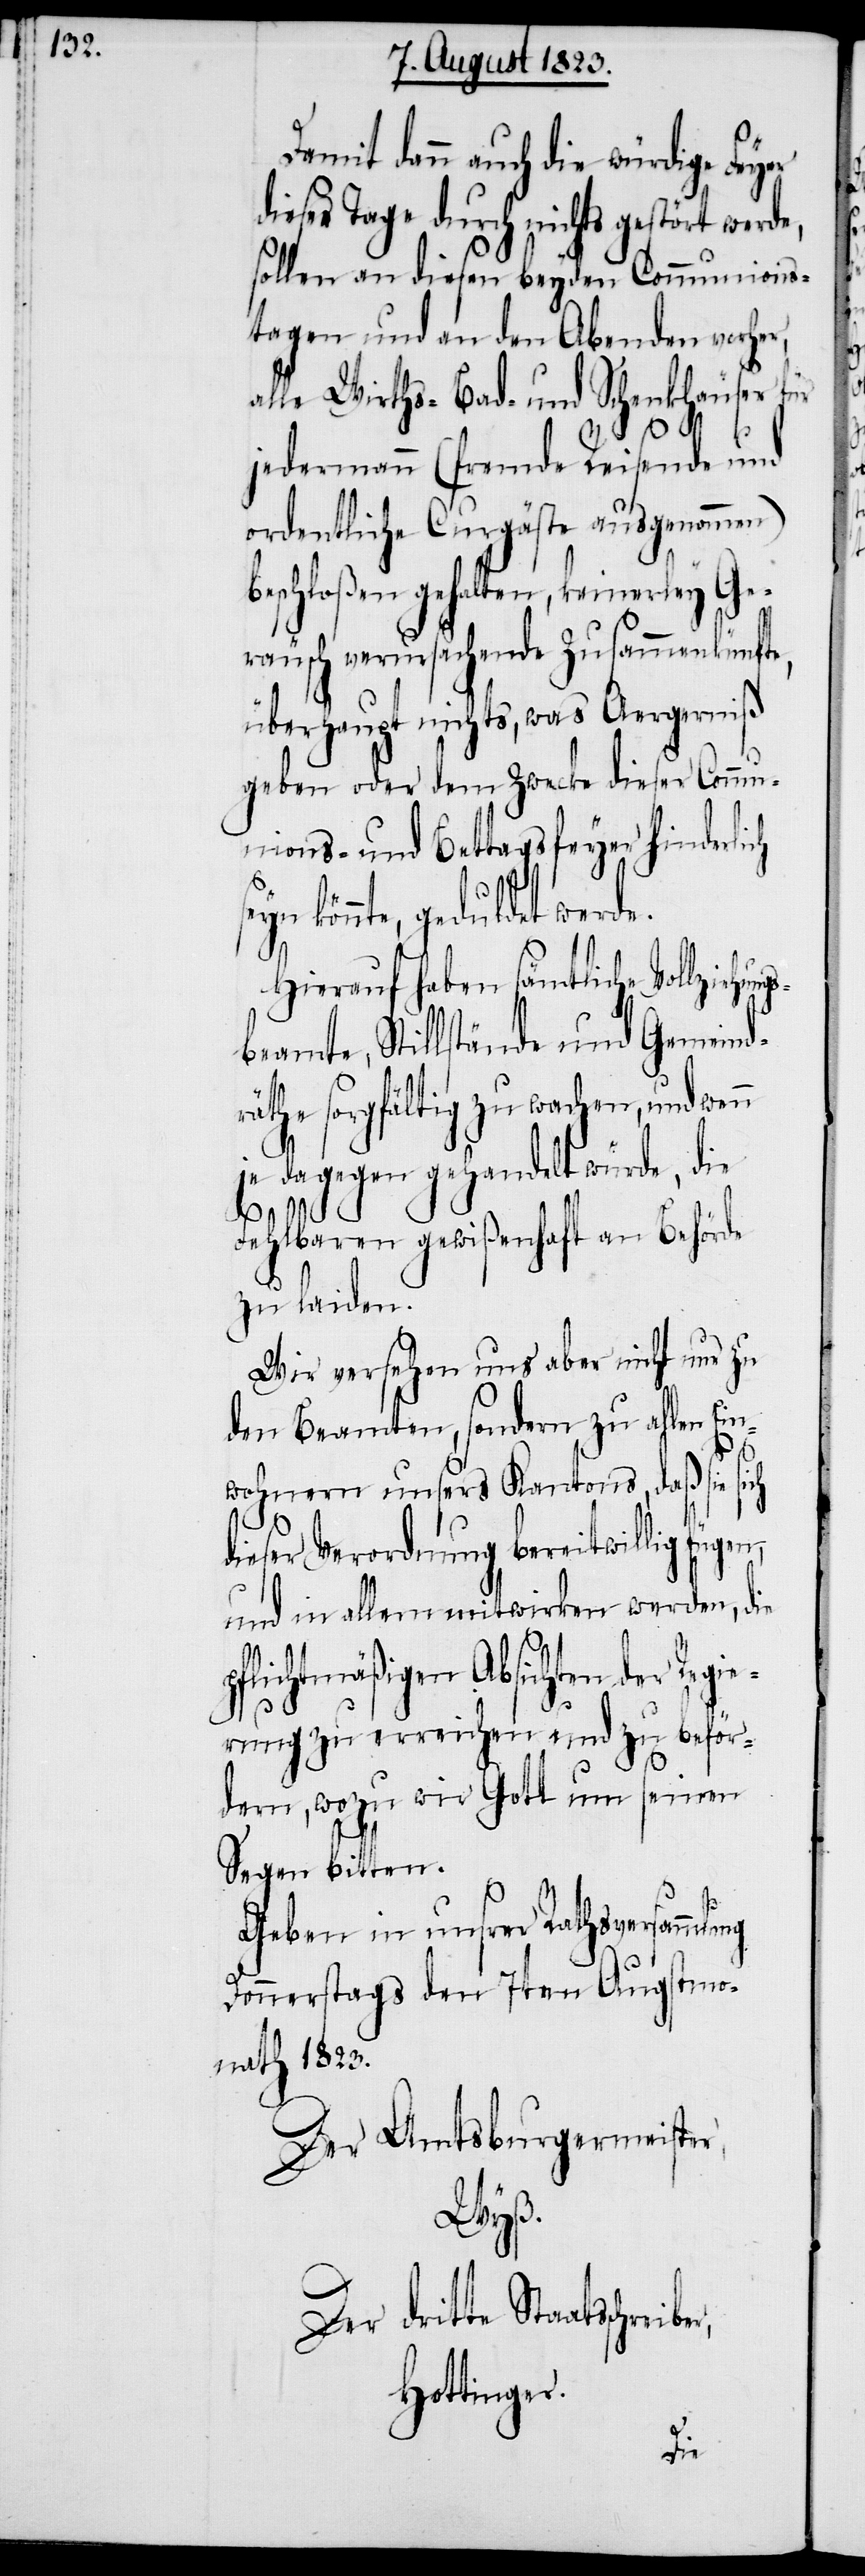
Damit dann auch die würdige Feyer
dieser Tage durch nichts gestört werde,
sollen an diesen beyden Communions¬
tagen und an den Abenden vorhe¬
alle Wirths- Bad- und Schenkhäuser für
r,
jedermann (fremde Reisende und
ordentliche Curgäste ausgenommen)
beschloßen gehalten, keinerley Ge¬
räusch verursachende Zusammenkünfte,
überhaupt nichts, was Aergerniß
geben oder dem Zwecke dieser Commu¬
nions- und Bettagsfeyer hinderlich
könnte, geduldet werde.
Hierauf haben sämtliche Vollziehu¬
beamte, Stillstände und Gemeind¬
räthe sorgfältig zu wachen, und wenn
je dagegen gehandelt würde, die
p¬
Fehlbaren gewißenhaft an Behörde
zu laiden.
Wir versehen uns aber nicht nur zu
den Beamten, sondern zu allen Ein¬
wohnern unsers Kantons, daß sie sich
dieser Verordnung bereitwillig
und in allem mitwirken werden, die
flichtmäßigen Absichten der
rung zu erreichen und zu beför¬
dern, wozu wir Gott um seinen
Segen bitten.
Geben in unsrer Rathsversammlung
Donnerstags den 7ten Augstmo¬
nath 1823.
Der Amtsburgermeister,
Wyß.
Der dritte Staatsschreibe¬
Hottinger.